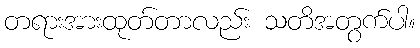
တရားအားထုတ်တာလည်း သတိအတွက်ပါ။